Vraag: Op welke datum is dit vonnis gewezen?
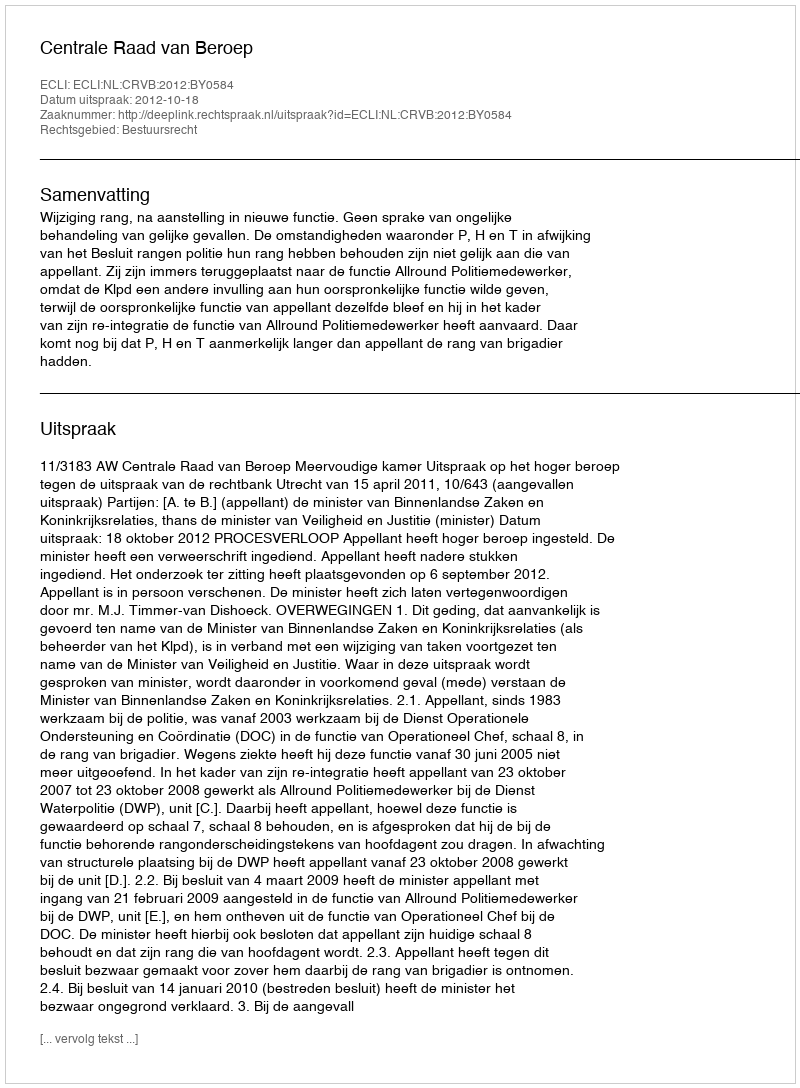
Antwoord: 2012-10-18